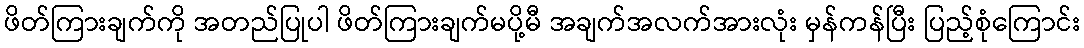
ဖိတ်ကြားချက်ကို အတည်ပြုပါ ဖိတ်ကြားချက်မပို့မီ အချက်အလက်အားလုံး မှန်ကန်ပြီး ပြည့်စုံကြောင်း